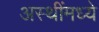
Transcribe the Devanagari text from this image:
अस्थींमध्ये